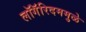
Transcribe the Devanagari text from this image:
लॉगॅरिदममुळे